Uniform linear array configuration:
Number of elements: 4
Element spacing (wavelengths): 0.5
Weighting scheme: hamming
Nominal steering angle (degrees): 60
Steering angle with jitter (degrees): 61.371
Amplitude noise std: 0.05
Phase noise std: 0.05

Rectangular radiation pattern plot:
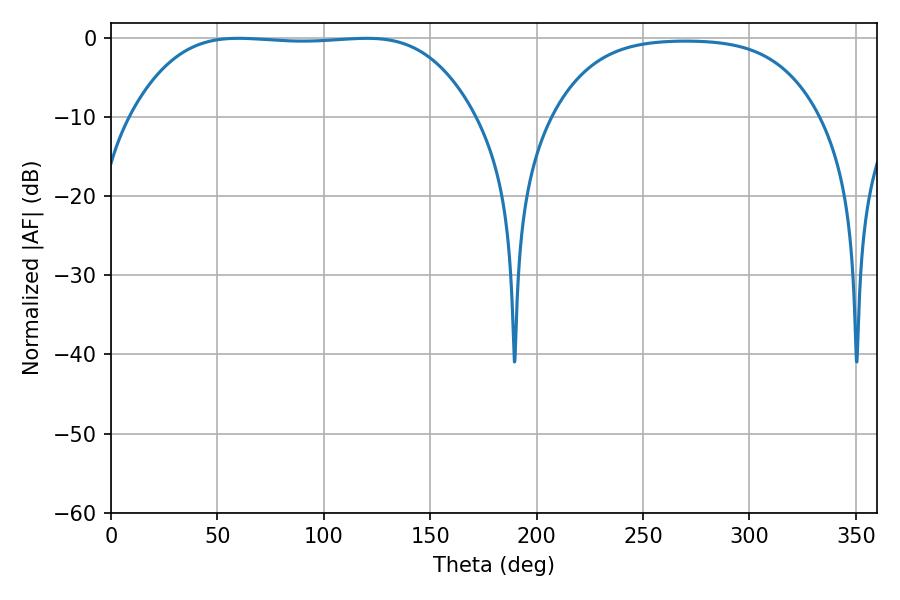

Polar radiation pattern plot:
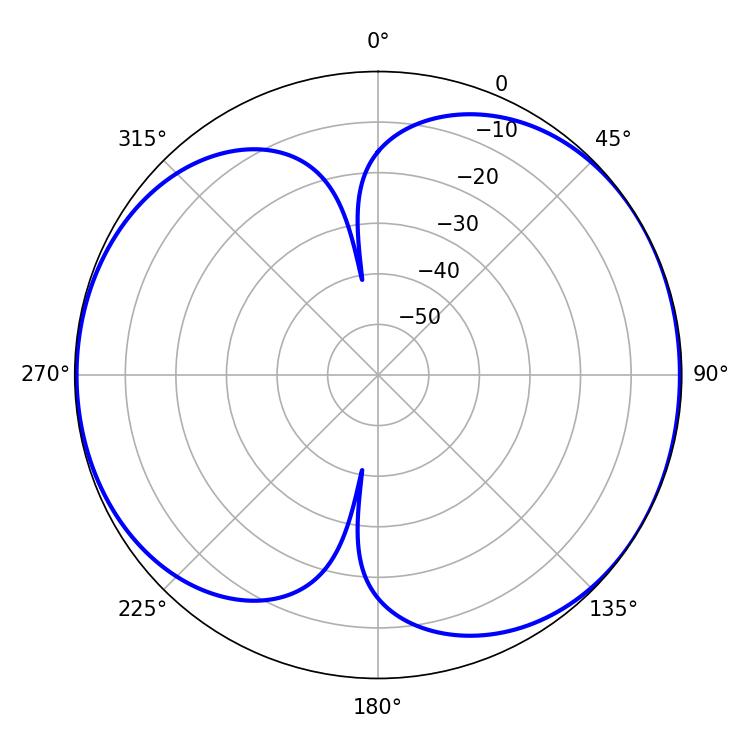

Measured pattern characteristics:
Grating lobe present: FALSE
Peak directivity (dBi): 6.259
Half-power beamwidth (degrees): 124.56
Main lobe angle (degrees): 59.76